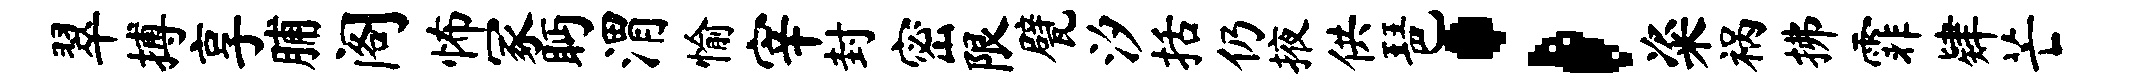
翠搏享脯阁怖冢眄渭愉宰封密限甓汐括仍掖供琶；粢祸拂霏肄芒